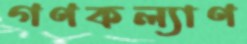
গণকল্যাণ